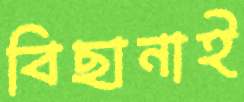
বিছানাই